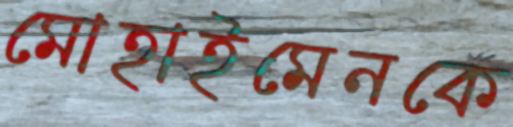
মোহাইমেনকে